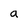
Character: a